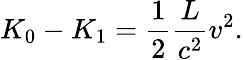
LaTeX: K_{0}-K_{1}={\frac{1}{2}}\frac{L}{c^{2}}v^{2}.